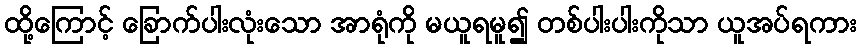
ထို့ကြောင့် ခြောက်ပါးလုံးသော အာရုံကို မယူရမူ၍ တစ်ပါးပါးကိုသာ ယူအပ်ရကား